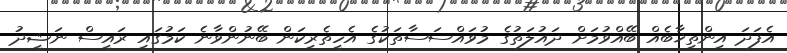
އެފަދަ އިންތިޚާބެއް ބޭއްވުމަށް ދައުލަތުގެ މުވައްސަސާތަކުގެ އެހީތެރިކަން ބޭނުންވާނެ ކަމުގައި ރައީސް ނަޝީދު